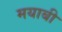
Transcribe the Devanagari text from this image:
मयाबी